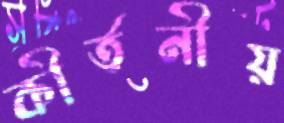
কীর্তনীয়